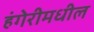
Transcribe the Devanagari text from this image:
हंगेरीमधील